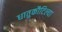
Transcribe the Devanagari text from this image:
धातुकौटिल्या